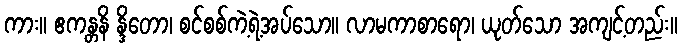
ကား။ ဧကန္တနိ န္ဒိတော၊ စင်စစ်ကဲ့ရဲ့အပ်သော။ လာမကာစာရော၊ ယုတ်သော အကျင့်တည်း။